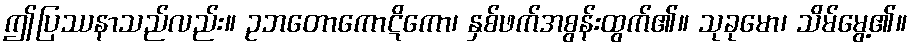
ဤပြဿနာသည်လည်း။ ဥဘတောကောဋိကော၊ နှစ်ဖက်အစွန်းထွက်၏။ သုခုမော၊ သိမ်မွေ့၏။